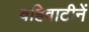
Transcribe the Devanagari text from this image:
वहिवाटीनें